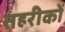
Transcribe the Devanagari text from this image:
तहरीकों